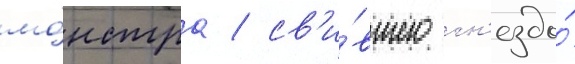
мо́нстра / св'и́вшего гн'ездо́